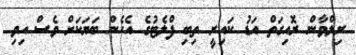
ރިލްވާން ރޮއިގަތް އަޑު ކައިރީ ތިބި ފްލެޓުގެ އެހެން ބަޔަކަށް ވެސް އިވި